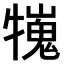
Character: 𤛲